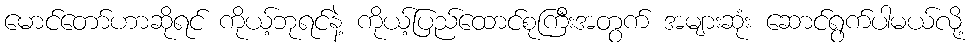
မောင်တော်ဟာဆိုရင် ကိုယ့်ဘုရင်နဲ့ ကိုယ့်ပြည်ထောင်စုကြီးအတွက် အများဆုံး ဆောင်ရွက်ပါမယ်လို့